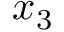
x _ { 3 }